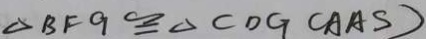
\Delta B F G \cong C D G ( A A S )